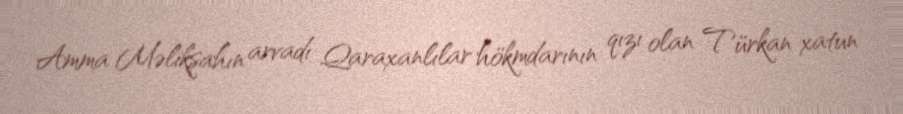
Amma Məlikşahın arvadı Qaraxanlılar hökmdarının qızı olan Türkan xatun